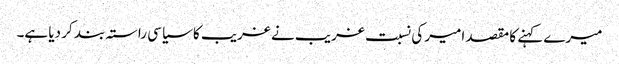
میرے کہنے کا مقصد امیر کی نسبت غریب نے غریب کا سیاسی راستہ بند کر دیا ہے۔